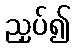
ညှပ်၍